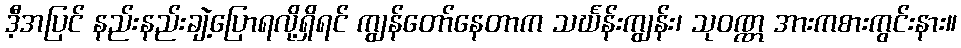
ဒီ့အပြင် နည်းနည်းချဲ့ပြောရလို့ရှိရင် ကျွန်တော်နေတာက သင်္ဃန်းကျွန်း၊ သုဝဏ္ဏ အားကစားကွင်းနား။